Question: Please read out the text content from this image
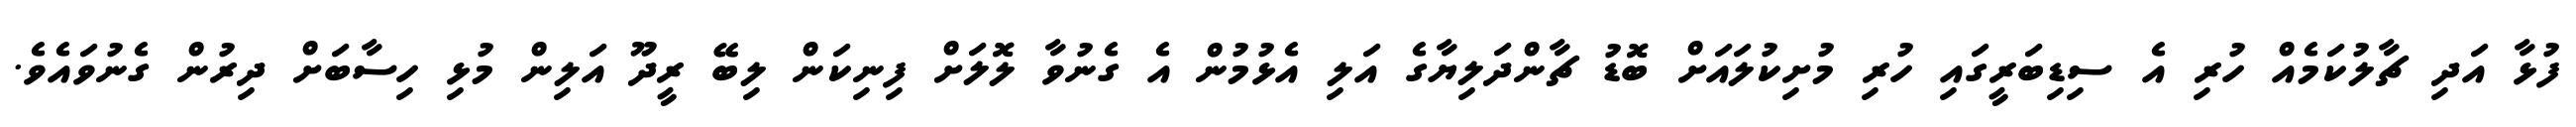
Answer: ފުޅާ އަދި ޗާލުކަމެއް ހުރި އެ ސިޑިބަރީގައި ހުރި މުށިކުލައަށް ބޮޑު ޗާންދަލިޔާގެ އަލި އެޅުމުން އެ ގެނުވާ ލޮލަށް ފިނިކަން ލިބޭ ރީދޫ އަލިން މުޅި ހިސާބަށް ދިރުން ގެނުވައެވެ.